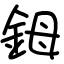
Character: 鉧